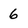
Character: 6